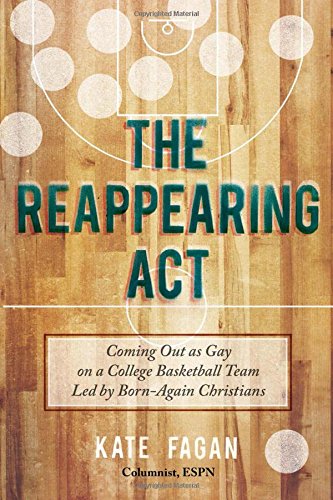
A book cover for The Reappearing Act: Coming Out as Gay on a College Basketball Team Led by Born-Again Christians; Kate Fagan; Gay & Lesbian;